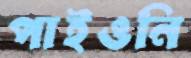
পাইওনি